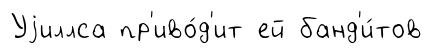
Уjиллса пр'иво́д'ит ей банд'и́тов